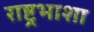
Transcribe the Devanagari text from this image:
राष्ट्रभाशा